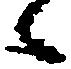
々